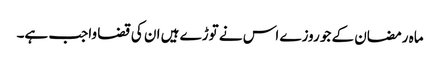
ماہ رمضان کے جو روزے اس نے توڑے ہیں ان کی قضا واجب ہے۔